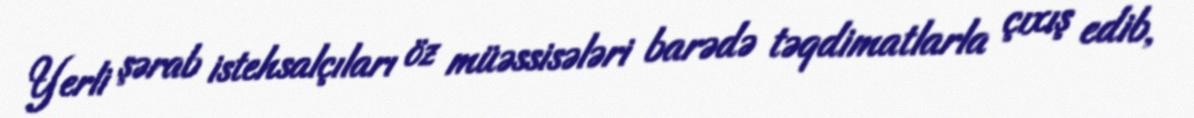
Yerli şərab istehsalçıları öz müəssisələri barədə təqdimatlarla çıxış edib,